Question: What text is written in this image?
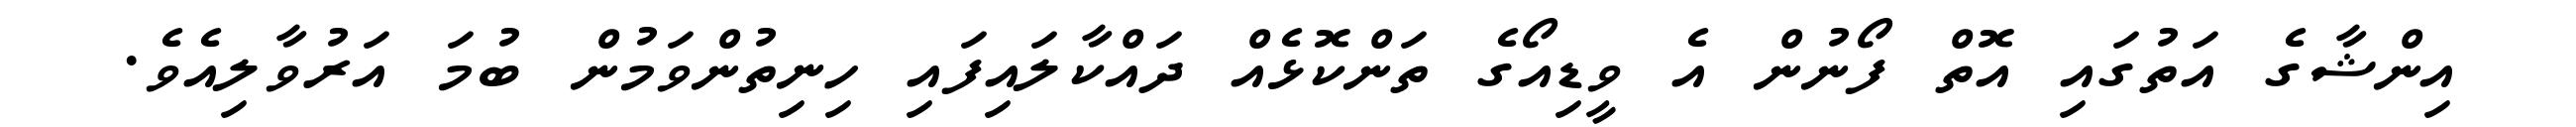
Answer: އިންޝާގެ އަތުގައި އޮތް ފޯނުން އެ ވީޑިއޯގެ ތަންކޮޅެއް ދައްކާލައިފައި ހިނިތުންވަމުން ބުމަ އަރުވާލިއެވެ.